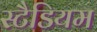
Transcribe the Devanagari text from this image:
स्टैडियम